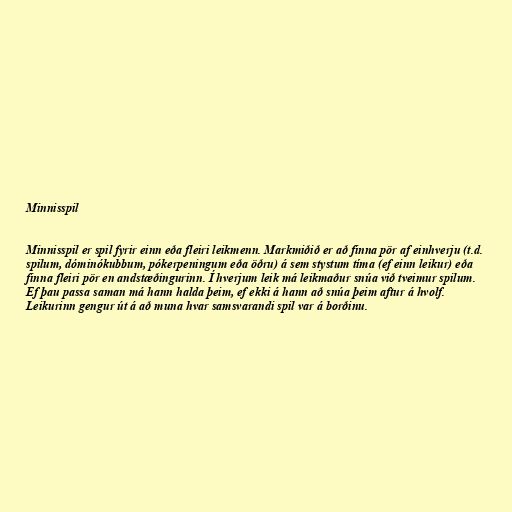
Minnisspil

Minnisspil er spil fyrir einn eða fleiri leikmenn. Markmiðið er að finna pör af einhverju (t.d.
spilum, dóminókubbum, pókerpeningum eða öðru) á sem stystum tíma (ef einn leikur) eða
finna fleiri pör en andstæðingurinn. Í hverjum leik má leikmaður snúa við tveimur spilum.
Ef þau passa saman má hann halda þeim, ef ekki á hann að snúa þeim aftur á hvolf.
Leikurinn gengur út á að muna hvar samsvarandi spil var á borðinu.